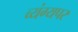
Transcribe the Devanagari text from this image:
व्यंग्यपर